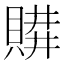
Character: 𧶥